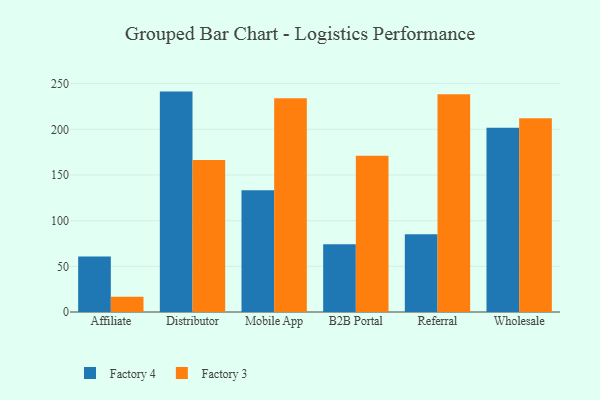
{"axis": {"x": "Channel", "y": "Page Views"}, "legend": ["Factory 3", "Factory 4"], "data": [{"x": "Affiliate", "y": 60.8, "type": "Factory 4"}, {"x": "Affiliate", "y": 16.7, "type": "Factory 3"}, {"x": "Distributor", "y": 241.3, "type": "Factory 4"}, {"x": "Distributor", "y": 166.5, "type": "Factory 3"}, {"x": "Mobile App", "y": 133.2, "type": "Factory 4"}, {"x": "Mobile App", "y": 233.9, "type": "Factory 3"}, {"x": "B2B Portal", "y": 74.1, "type": "Factory 4"}, {"x": "B2B Portal", "y": 171.2, "type": "Factory 3"}, {"x": "Referral", "y": 85.1, "type": "Factory 4"}, {"x": "Referral", "y": 238.5, "type": "Factory 3"}, {"x": "Wholesale", "y": 201.8, "type": "Factory 4"}, {"x": "Wholesale", "y": 212.2, "type": "Factory 3"}]}